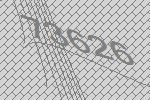
73626